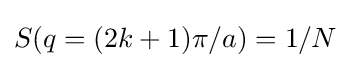
S(q=(2k+1)\pi /a)=1/N